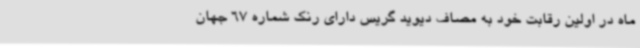
ماه در اولین رقابت خود به مصاف دیوید گریس دارای رنک شماره 67 جهان